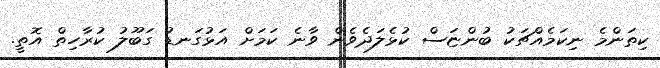
ކިތަންމެ ނިކަމެއްޗަކު ބުންޏަސް ކުޅެލަދެވެން ވާނެ ކަމަށް އަޅުގަނޑު ގަބޫލު ކުރާހިތް އޮތީ.